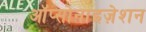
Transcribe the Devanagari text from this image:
ऑप्सोनाइज़ेशन